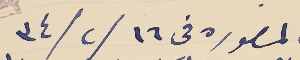
المنصوره فى ١٦ /٢ / ٣٤